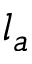
l _ { a }